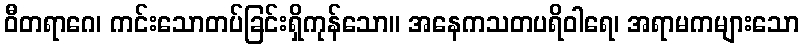
ဝီတရာဂေ၊ ကင်းသောတပ်ခြင်းရှိကုန်သော။ အနေကသတပရိဝါရေ၊ အရာမကများသော